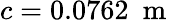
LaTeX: c=0.0762\ \mathrm{~m~}